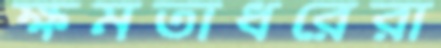
ক্ষমতাধরেরা